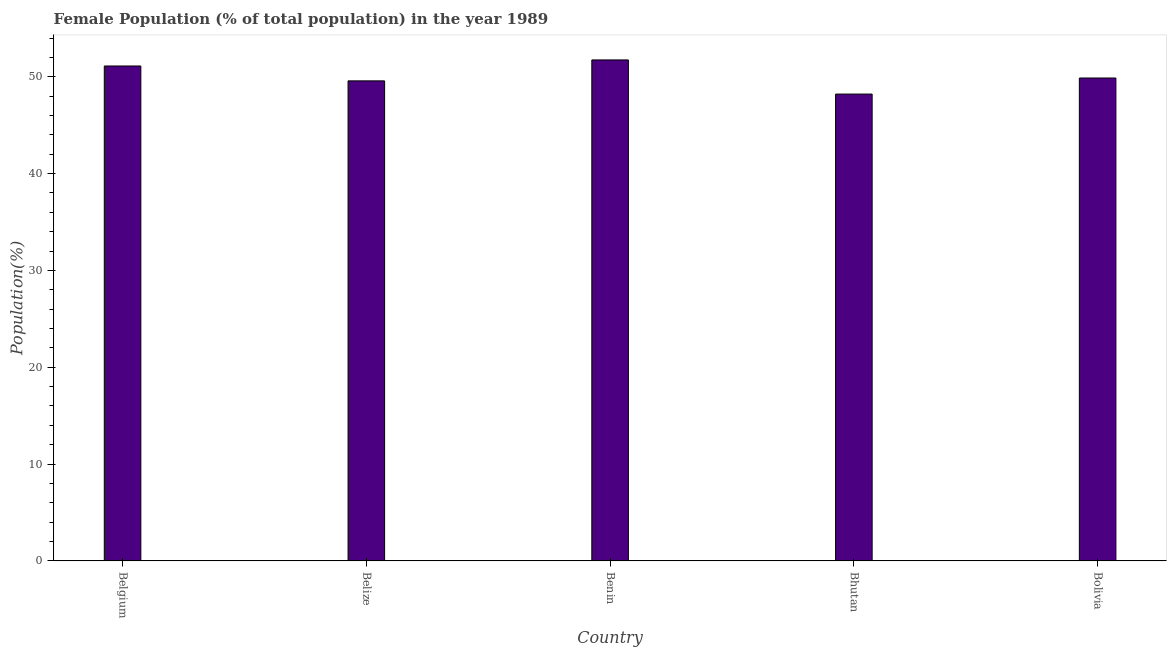
| Country | Female |
 | --- | --- |
 | Belgium | 51.1 |
 | Belize | 49.6 |
 | Benin | 51.7 |
 | Bhutan | 48.2 |
 | Bolivia | 49.9 |